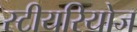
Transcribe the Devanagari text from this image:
स्टीयरियोज